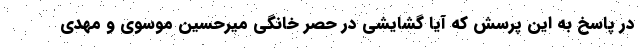
در پاسخ به این پرسش که آیا گشایشی در حصر خانگی میرحسین موسوی و مهدی